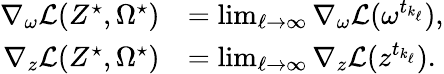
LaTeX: \begin{array}{rl}{\nabla_{\omega}\mathcal{L}(Z^{\star},\Omega^{\star})}&{=\operatorname*{lim}_{\ell\rightarrow\infty}\nabla_{\omega}\mathcal{L}(\omega^{t_{k_{\ell}}}),}\\ {\nabla_{z}\mathcal{L}(Z^{\star},\Omega^{\star})}&{=\operatorname*{lim}_{\ell\rightarrow\infty}\nabla_{z}\mathcal{L}(z^{t_{k_{\ell}}}).}\end{array}